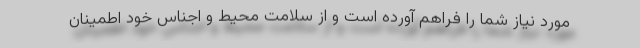
مورد نیاز شما را فراهم آورده است و از سلامت محیط و اجناس خود اطمینان